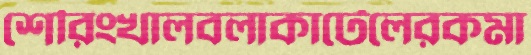
শেরিংখালবলাকার্টেলেরকমা